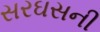
સરઘસની